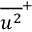
{ { \overline { { u ^ { 2 } } } } ^ { + } }